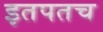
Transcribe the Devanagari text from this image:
इतपतच